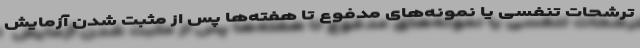
ترشحات تنفسی یا نمونه‌های مدفوع تا هفته‌ها پس از مثبت شدن آزمایش